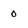
Character: 0